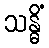
သန္ဓိံ